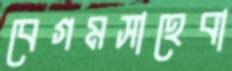
বেগমসাহেবা